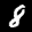
Label: 8